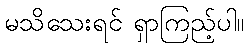
မသိသေးရင် ရှာကြည့်ပါ။